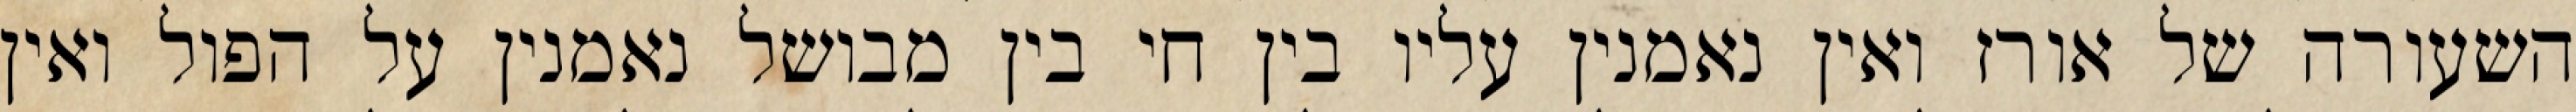
השעורה של אורז ואין נאמנין עליו בין חי בין מבושל נאמנין על הפול ואין